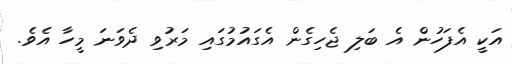
އަކީ އެފަހުން އެ ބަލި ޖެހިގެން އެގައުމުގައި މަރުވި ދެވަނަ މީހާ އެވެ.